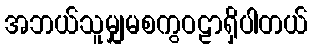
အဘယ်သူမျှမစကွဝဠာရှိပါတယ်